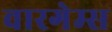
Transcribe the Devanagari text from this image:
वारगेम्स